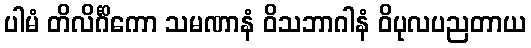
ပါမံ တိလိင်္ဂိကော သမဏာနံ ဝိသဘာဂါနံ ဝိပုလပညတာယ